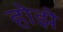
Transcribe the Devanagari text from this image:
होझे